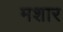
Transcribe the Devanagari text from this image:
मशार